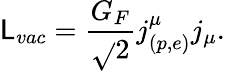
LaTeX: {\cal\mathsf{L}}_{vac}=\frac{{G_{F}}}{{\sqrt{}{{2}}}}j_{\left(p,e\right)}^{\mu}j_{\mu}.